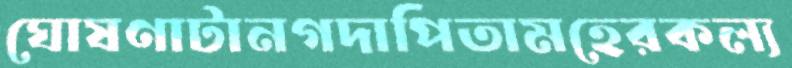
ঘোষণাটানগদাপিতামহেরকল্য